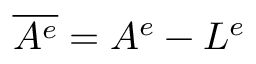
\overline { { A ^ { e } } } = A ^ { e } - L ^ { e }